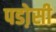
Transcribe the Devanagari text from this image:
पडो़सी